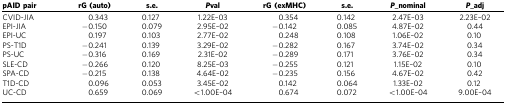
<table><thead><tr><td><b>pAID pair</b></td><td><b>rG (auto)</b></td><td><b>s.e.</b></td><td><b><i>P</i>val</b></td><td><b>rG (exMHC)</b></td><td><b>s.e.</b></td><td><b><i>P</i>_nominal</b></td><td><b><i>P</i>_adj</b></td></tr></thead><tbody><tr><td>CVID-JIA</td><td>0.343</td><td>0.127</td><td>1.22E–03</td><td>0.354</td><td>0.142</td><td>2.47E–03</td><td>2.23E–02</td></tr><tr><td>EPI-JIA</td><td>−0.150</td><td>0.079</td><td>2.95E–02</td><td>−0.142</td><td>0.085</td><td>4.87E–02</td><td>0.44</td></tr><tr><td>EPI-UC</td><td>0.197</td><td>0.103</td><td>2.77E–02</td><td>0.248</td><td>0.108</td><td>1.06E–02</td><td>0.10</td></tr><tr><td>PS-T1D</td><td>−0.241</td><td>0.139</td><td>3.29E–02</td><td>−0.282</td><td>0.167</td><td>3.74E–02</td><td>0.34</td></tr><tr><td>PS-UC</td><td>−0.316</td><td>0.169</td><td>2.31E–02</td><td>−0.289</td><td>0.171</td><td>3.76E–02</td><td>0.34</td></tr><tr><td>SLE-CD</td><td>−0.266</td><td>0.120</td><td>8.25E–03</td><td>−0.255</td><td>0.121</td><td>1.15E–02</td><td>0.10</td></tr><tr><td>SPA-CD</td><td>−0.215</td><td>0.138</td><td>4.64E–02</td><td>−0.235</td><td>0.156</td><td>4.67E–02</td><td>0.42</td></tr><tr><td>T1D-CD</td><td>0.096</td><td>0.053</td><td>3.45E–02</td><td>0.142</td><td>0.064</td><td>1.33E–02</td><td>0.12</td></tr><tr><td>UC-CD</td><td>0.659</td><td>0.069</td><td>&lt;1.00E–04</td><td>0.674</td><td>0.072</td><td>&lt;1.00E–04</td><td>9.00E–04</td></tr></tbody></table>